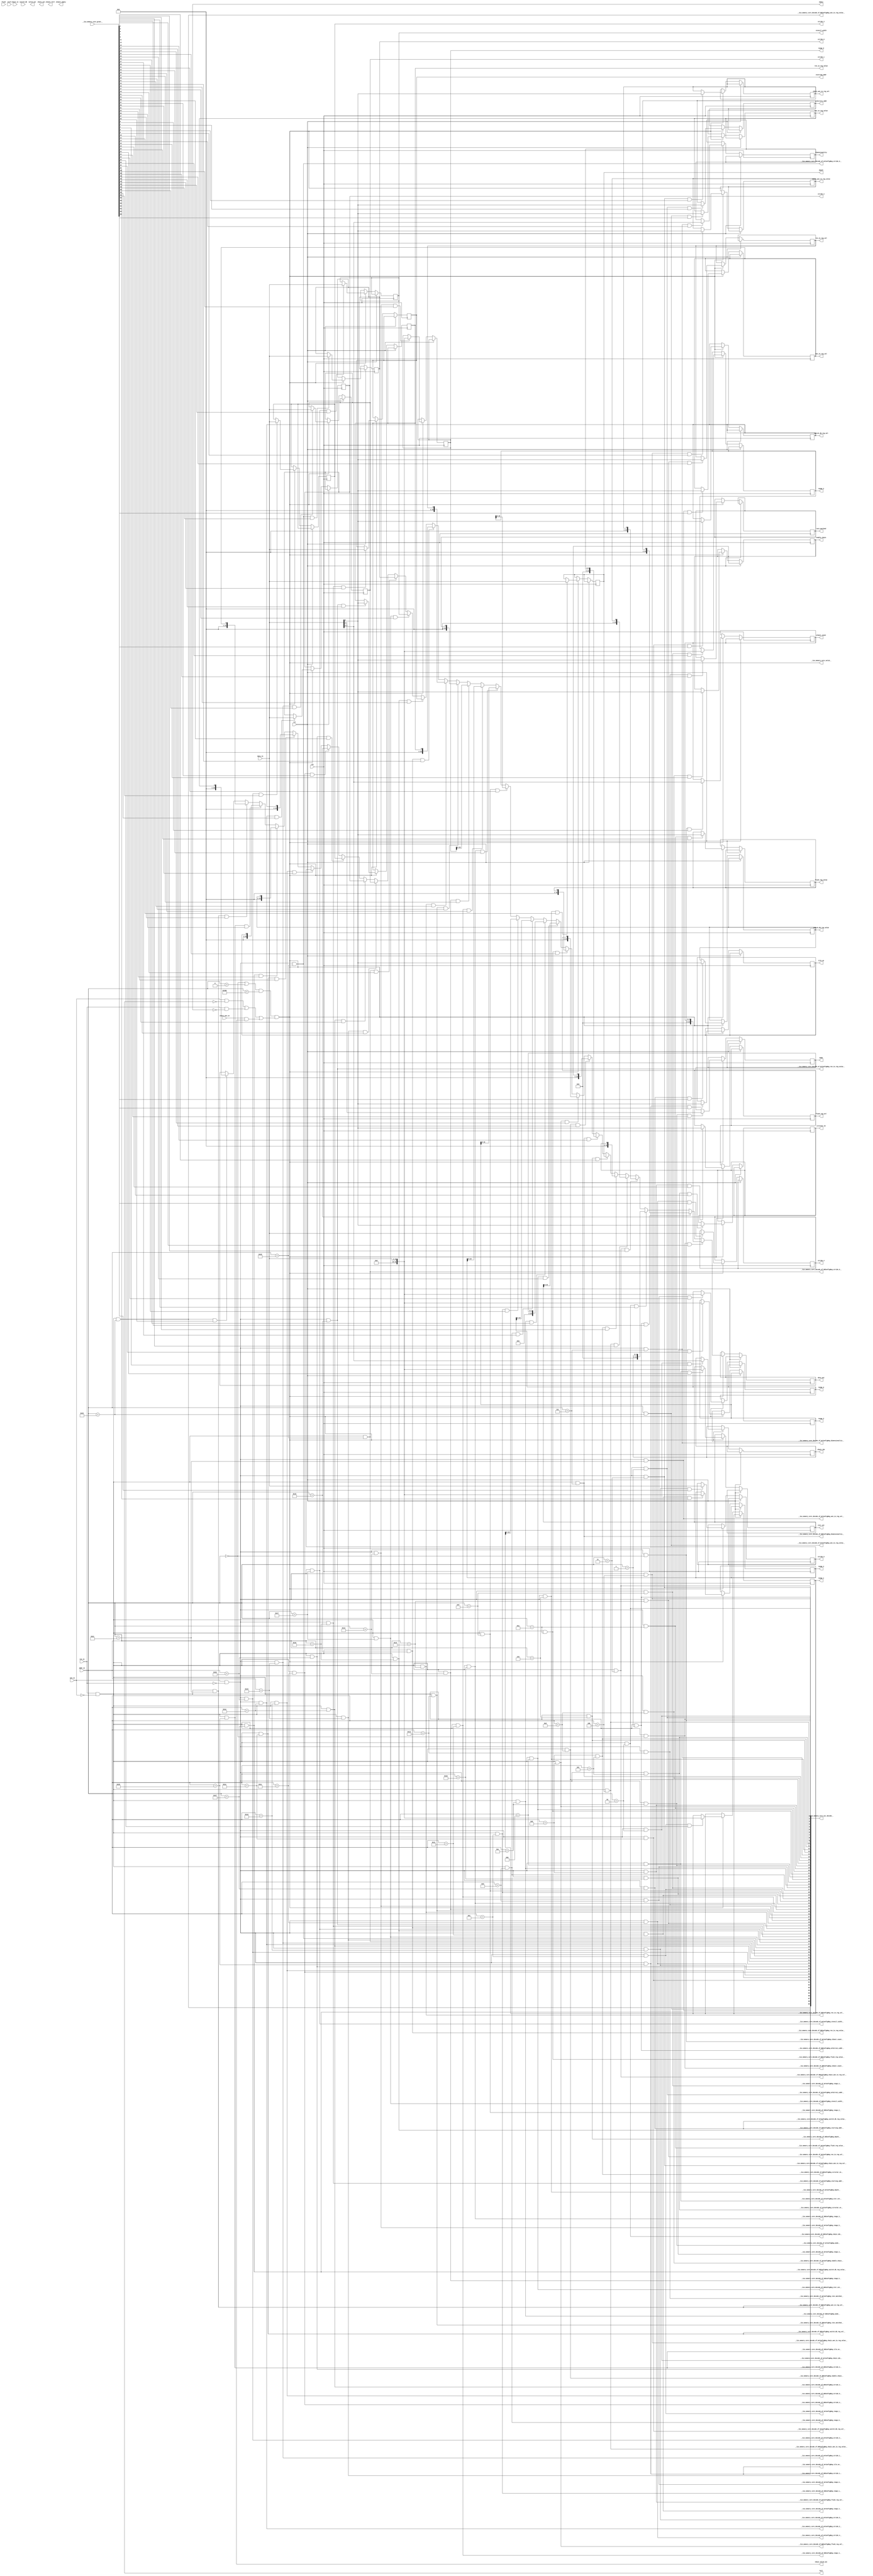
module memory_core_ila(
__ILA_memory_core_grant__,
addr_in,
chain_in,
chain_wen_in,
clk,
data_in,
flush,
ren_in,
rst,
stall,
switch_db,
wen_in,
__ILA_memory_core_acc_decode__,
__ILA_memory_core_decode_of_RdConfigReg_almost_count__,
__ILA_memory_core_decode_of_RdConfigReg_arbitrary_addr__,
__ILA_memory_core_decode_of_RdConfigReg_chain_idx__,
__ILA_memory_core_decode_of_RdConfigReg_chain_wen_in_reg_sel__,
__ILA_memory_core_decode_of_RdConfigReg_chain_wen_in_reg_value__,
__ILA_memory_core_decode_of_RdConfigReg_circular_en__,
__ILA_memory_core_decode_of_RdConfigReg_depth__,
__ILA_memory_core_decode_of_RdConfigReg_dimensionality__,
__ILA_memory_core_decode_of_RdConfigReg_enable_chain__,
__ILA_memory_core_decode_of_RdConfigReg_flush_reg_sel__,
__ILA_memory_core_decode_of_RdConfigReg_flush_reg_value__,
__ILA_memory_core_decode_of_RdConfigReg_iter_cnt__,
__ILA_memory_core_decode_of_RdConfigReg_mode__,
__ILA_memory_core_decode_of_RdConfigReg_range_0__,
__ILA_memory_core_decode_of_RdConfigReg_range_1__,
__ILA_memory_core_decode_of_RdConfigReg_range_2__,
__ILA_memory_core_decode_of_RdConfigReg_range_3__,
__ILA_memory_core_decode_of_RdConfigReg_range_4__,
__ILA_memory_core_decode_of_RdConfigReg_range_5__,
__ILA_memory_core_decode_of_RdConfigReg_rate_matched__,
__ILA_memory_core_decode_of_RdConfigReg_ren_in_reg_sel__,
__ILA_memory_core_decode_of_RdConfigReg_ren_in_reg_value__,
__ILA_memory_core_decode_of_RdConfigReg_starting_addr__,
__ILA_memory_core_decode_of_RdConfigReg_stencil_width__,
__ILA_memory_core_decode_of_RdConfigReg_stride_0__,
__ILA_memory_core_decode_of_RdConfigReg_stride_1__,
__ILA_memory_core_decode_of_RdConfigReg_stride_2__,
__ILA_memory_core_decode_of_RdConfigReg_stride_3__,
__ILA_memory_core_decode_of_RdConfigReg_stride_4__,
__ILA_memory_core_decode_of_RdConfigReg_stride_5__,
__ILA_memory_core_decode_of_RdConfigReg_switch_db_reg_sel__,
__ILA_memory_core_decode_of_RdConfigReg_switch_db_reg_value__,
__ILA_memory_core_decode_of_RdConfigReg_tile_en__,
__ILA_memory_core_decode_of_RdConfigReg_wen_in_reg_sel__,
__ILA_memory_core_decode_of_RdConfigReg_wen_in_reg_value__,
__ILA_memory_core_decode_of_WrConfigReg_almost_count__,
__ILA_memory_core_decode_of_WrConfigReg_arbitrary_addr__,
__ILA_memory_core_decode_of_WrConfigReg_chain_idx__,
__ILA_memory_core_decode_of_WrConfigReg_chain_wen_in_reg_sel__,
__ILA_memory_core_decode_of_WrConfigReg_chain_wen_in_reg_value__,
__ILA_memory_core_decode_of_WrConfigReg_circular_en__,
__ILA_memory_core_decode_of_WrConfigReg_depth__,
__ILA_memory_core_decode_of_WrConfigReg_dimensionality__,
__ILA_memory_core_decode_of_WrConfigReg_enable_chain__,
__ILA_memory_core_decode_of_WrConfigReg_flush_reg_sel__,
__ILA_memory_core_decode_of_WrConfigReg_flush_reg_value__,
__ILA_memory_core_decode_of_WrConfigReg_iter_cnt__,
__ILA_memory_core_decode_of_WrConfigReg_mode__,
__ILA_memory_core_decode_of_WrConfigReg_range_0__,
__ILA_memory_core_decode_of_WrConfigReg_range_1__,
__ILA_memory_core_decode_of_WrConfigReg_range_2__,
__ILA_memory_core_decode_of_WrConfigReg_range_3__,
__ILA_memory_core_decode_of_WrConfigReg_range_4__,
__ILA_memory_core_decode_of_WrConfigReg_range_5__,
__ILA_memory_core_decode_of_WrConfigReg_rate_matched__,
__ILA_memory_core_decode_of_WrConfigReg_ren_in_reg_sel__,
__ILA_memory_core_decode_of_WrConfigReg_ren_in_reg_value__,
__ILA_memory_core_decode_of_WrConfigReg_starting_addr__,
__ILA_memory_core_decode_of_WrConfigReg_stencil_width__,
__ILA_memory_core_decode_of_WrConfigReg_stride_0__,
__ILA_memory_core_decode_of_WrConfigReg_stride_1__,
__ILA_memory_core_decode_of_WrConfigReg_stride_2__,
__ILA_memory_core_decode_of_WrConfigReg_stride_3__,
__ILA_memory_core_decode_of_WrConfigReg_stride_4__,
__ILA_memory_core_decode_of_WrConfigReg_stride_5__,
__ILA_memory_core_decode_of_WrConfigReg_switch_db_reg_sel__,
__ILA_memory_core_decode_of_WrConfigReg_switch_db_reg_value__,
__ILA_memory_core_decode_of_WrConfigReg_tile_en__,
__ILA_memory_core_decode_of_WrConfigReg_wen_in_reg_sel__,
__ILA_memory_core_decode_of_WrConfigReg_wen_in_reg_value__,
__ILA_memory_core_valid__,
data_out,
valid_out,
almost_full,
almost_empty,
full,
empty,
chain_valid_out,
chain_out,
almost_count,
arbitrary_addr,
chain_idx,
chain_wen_in_reg_sel,
chain_wen_in_reg_value,
circular_en,
depth,
dimensionality,
enable_chain,
flush_reg_sel,
flush_reg_value,
iter_cnt,
mode,
range_0,
range_1,
range_2,
range_3,
range_4,
range_5,
rate_matched,
ren_in_reg_sel,
ren_in_reg_value,
starting_addr,
stencil_width,
stride_0,
stride_1,
stride_2,
stride_3,
stride_4,
stride_5,
switch_db_reg_sel,
switch_db_reg_value,
tile_en,
wen_in_reg_sel,
wen_in_reg_value
);
input     [69:0] __ILA_memory_core_grant__;
input     [15:0] addr_in;
input     [15:0] chain_in;
input            chain_wen_in;
input            clk;
input     [15:0] data_in;
input            flush;
input            ren_in;
input            rst;
input            stall;
input            switch_db;
input            wen_in;
output     [69:0] __ILA_memory_core_acc_decode__;
output            __ILA_memory_core_decode_of_RdConfigReg_almost_count__;
output            __ILA_memory_core_decode_of_RdConfigReg_arbitrary_addr__;
output            __ILA_memory_core_decode_of_RdConfigReg_chain_idx__;
output            __ILA_memory_core_decode_of_RdConfigReg_chain_wen_in_reg_sel__;
output            __ILA_memory_core_decode_of_RdConfigReg_chain_wen_in_reg_value__;
output            __ILA_memory_core_decode_of_RdConfigReg_circular_en__;
output            __ILA_memory_core_decode_of_RdConfigReg_depth__;
output            __ILA_memory_core_decode_of_RdConfigReg_dimensionality__;
output            __ILA_memory_core_decode_of_RdConfigReg_enable_chain__;
output            __ILA_memory_core_decode_of_RdConfigReg_flush_reg_sel__;
output            __ILA_memory_core_decode_of_RdConfigReg_flush_reg_value__;
output            __ILA_memory_core_decode_of_RdConfigReg_iter_cnt__;
output            __ILA_memory_core_decode_of_RdConfigReg_mode__;
output            __ILA_memory_core_decode_of_RdConfigReg_range_0__;
output            __ILA_memory_core_decode_of_RdConfigReg_range_1__;
output            __ILA_memory_core_decode_of_RdConfigReg_range_2__;
output            __ILA_memory_core_decode_of_RdConfigReg_range_3__;
output            __ILA_memory_core_decode_of_RdConfigReg_range_4__;
output            __ILA_memory_core_decode_of_RdConfigReg_range_5__;
output            __ILA_memory_core_decode_of_RdConfigReg_rate_matched__;
output            __ILA_memory_core_decode_of_RdConfigReg_ren_in_reg_sel__;
output            __ILA_memory_core_decode_of_RdConfigReg_ren_in_reg_value__;
output            __ILA_memory_core_decode_of_RdConfigReg_starting_addr__;
output            __ILA_memory_core_decode_of_RdConfigReg_stencil_width__;
output            __ILA_memory_core_decode_of_RdConfigReg_stride_0__;
output            __ILA_memory_core_decode_of_RdConfigReg_stride_1__;
output            __ILA_memory_core_decode_of_RdConfigReg_stride_2__;
output            __ILA_memory_core_decode_of_RdConfigReg_stride_3__;
output            __ILA_memory_core_decode_of_RdConfigReg_stride_4__;
output            __ILA_memory_core_decode_of_RdConfigReg_stride_5__;
output            __ILA_memory_core_decode_of_RdConfigReg_switch_db_reg_sel__;
output            __ILA_memory_core_decode_of_RdConfigReg_switch_db_reg_value__;
output            __ILA_memory_core_decode_of_RdConfigReg_tile_en__;
output            __ILA_memory_core_decode_of_RdConfigReg_wen_in_reg_sel__;
output            __ILA_memory_core_decode_of_RdConfigReg_wen_in_reg_value__;
output            __ILA_memory_core_decode_of_WrConfigReg_almost_count__;
output            __ILA_memory_core_decode_of_WrConfigReg_arbitrary_addr__;
output            __ILA_memory_core_decode_of_WrConfigReg_chain_idx__;
output            __ILA_memory_core_decode_of_WrConfigReg_chain_wen_in_reg_sel__;
output            __ILA_memory_core_decode_of_WrConfigReg_chain_wen_in_reg_value__;
output            __ILA_memory_core_decode_of_WrConfigReg_circular_en__;
output            __ILA_memory_core_decode_of_WrConfigReg_depth__;
output            __ILA_memory_core_decode_of_WrConfigReg_dimensionality__;
output            __ILA_memory_core_decode_of_WrConfigReg_enable_chain__;
output            __ILA_memory_core_decode_of_WrConfigReg_flush_reg_sel__;
output            __ILA_memory_core_decode_of_WrConfigReg_flush_reg_value__;
output            __ILA_memory_core_decode_of_WrConfigReg_iter_cnt__;
output            __ILA_memory_core_decode_of_WrConfigReg_mode__;
output            __ILA_memory_core_decode_of_WrConfigReg_range_0__;
output            __ILA_memory_core_decode_of_WrConfigReg_range_1__;
output            __ILA_memory_core_decode_of_WrConfigReg_range_2__;
output            __ILA_memory_core_decode_of_WrConfigReg_range_3__;
output            __ILA_memory_core_decode_of_WrConfigReg_range_4__;
output            __ILA_memory_core_decode_of_WrConfigReg_range_5__;
output            __ILA_memory_core_decode_of_WrConfigReg_rate_matched__;
output            __ILA_memory_core_decode_of_WrConfigReg_ren_in_reg_sel__;
output            __ILA_memory_core_decode_of_WrConfigReg_ren_in_reg_value__;
output            __ILA_memory_core_decode_of_WrConfigReg_starting_addr__;
output            __ILA_memory_core_decode_of_WrConfigReg_stencil_width__;
output            __ILA_memory_core_decode_of_WrConfigReg_stride_0__;
output            __ILA_memory_core_decode_of_WrConfigReg_stride_1__;
output            __ILA_memory_core_decode_of_WrConfigReg_stride_2__;
output            __ILA_memory_core_decode_of_WrConfigReg_stride_3__;
output            __ILA_memory_core_decode_of_WrConfigReg_stride_4__;
output            __ILA_memory_core_decode_of_WrConfigReg_stride_5__;
output            __ILA_memory_core_decode_of_WrConfigReg_switch_db_reg_sel__;
output            __ILA_memory_core_decode_of_WrConfigReg_switch_db_reg_value__;
output            __ILA_memory_core_decode_of_WrConfigReg_tile_en__;
output            __ILA_memory_core_decode_of_WrConfigReg_wen_in_reg_sel__;
output            __ILA_memory_core_decode_of_WrConfigReg_wen_in_reg_value__;
output            __ILA_memory_core_valid__;
output reg     [15:0] data_out;
output reg            valid_out;
output reg            almost_full;
output reg            almost_empty;
output reg            full;
output reg            empty;
output reg            chain_valid_out;
output reg     [15:0] chain_out;
output reg      [3:0] almost_count;
output reg            arbitrary_addr;
output reg      [3:0] chain_idx;
output reg            chain_wen_in_reg_sel;
output reg            chain_wen_in_reg_value;
output reg            circular_en;
output reg     [15:0] depth;
output reg      [3:0] dimensionality;
output reg            enable_chain;
output reg            flush_reg_sel;
output reg            flush_reg_value;
output reg     [31:0] iter_cnt;
output reg      [1:0] mode;
output reg     [31:0] range_0;
output reg     [31:0] range_1;
output reg     [31:0] range_2;
output reg     [31:0] range_3;
output reg     [31:0] range_4;
output reg     [31:0] range_5;
output reg            rate_matched;
output reg            ren_in_reg_sel;
output reg            ren_in_reg_value;
output reg     [15:0] starting_addr;
output reg     [15:0] stencil_width;
output reg     [15:0] stride_0;
output reg     [15:0] stride_1;
output reg     [15:0] stride_2;
output reg     [15:0] stride_3;
output reg     [15:0] stride_4;
output reg     [15:0] stride_5;
output reg            switch_db_reg_sel;
output reg            switch_db_reg_value;
output reg            tile_en;
output reg            wen_in_reg_sel;
output reg            wen_in_reg_value;
wire     [69:0] __ILA_memory_core_acc_decode__;
wire            __ILA_memory_core_decode_of_RdConfigReg_almost_count__;
wire            __ILA_memory_core_decode_of_RdConfigReg_arbitrary_addr__;
wire            __ILA_memory_core_decode_of_RdConfigReg_chain_idx__;
wire            __ILA_memory_core_decode_of_RdConfigReg_chain_wen_in_reg_sel__;
wire            __ILA_memory_core_decode_of_RdConfigReg_chain_wen_in_reg_value__;
wire            __ILA_memory_core_decode_of_RdConfigReg_circular_en__;
wire            __ILA_memory_core_decode_of_RdConfigReg_depth__;
wire            __ILA_memory_core_decode_of_RdConfigReg_dimensionality__;
wire            __ILA_memory_core_decode_of_RdConfigReg_enable_chain__;
wire            __ILA_memory_core_decode_of_RdConfigReg_flush_reg_sel__;
wire            __ILA_memory_core_decode_of_RdConfigReg_flush_reg_value__;
wire            __ILA_memory_core_decode_of_RdConfigReg_iter_cnt__;
wire            __ILA_memory_core_decode_of_RdConfigReg_mode__;
wire            __ILA_memory_core_decode_of_RdConfigReg_range_0__;
wire            __ILA_memory_core_decode_of_RdConfigReg_range_1__;
wire            __ILA_memory_core_decode_of_RdConfigReg_range_2__;
wire            __ILA_memory_core_decode_of_RdConfigReg_range_3__;
wire            __ILA_memory_core_decode_of_RdConfigReg_range_4__;
wire            __ILA_memory_core_decode_of_RdConfigReg_range_5__;
wire            __ILA_memory_core_decode_of_RdConfigReg_rate_matched__;
wire            __ILA_memory_core_decode_of_RdConfigReg_ren_in_reg_sel__;
wire            __ILA_memory_core_decode_of_RdConfigReg_ren_in_reg_value__;
wire            __ILA_memory_core_decode_of_RdConfigReg_starting_addr__;
wire            __ILA_memory_core_decode_of_RdConfigReg_stencil_width__;
wire            __ILA_memory_core_decode_of_RdConfigReg_stride_0__;
wire            __ILA_memory_core_decode_of_RdConfigReg_stride_1__;
wire            __ILA_memory_core_decode_of_RdConfigReg_stride_2__;
wire            __ILA_memory_core_decode_of_RdConfigReg_stride_3__;
wire            __ILA_memory_core_decode_of_RdConfigReg_stride_4__;
wire            __ILA_memory_core_decode_of_RdConfigReg_stride_5__;
wire            __ILA_memory_core_decode_of_RdConfigReg_switch_db_reg_sel__;
wire            __ILA_memory_core_decode_of_RdConfigReg_switch_db_reg_value__;
wire            __ILA_memory_core_decode_of_RdConfigReg_tile_en__;
wire            __ILA_memory_core_decode_of_RdConfigReg_wen_in_reg_sel__;
wire            __ILA_memory_core_decode_of_RdConfigReg_wen_in_reg_value__;
wire            __ILA_memory_core_decode_of_WrConfigReg_almost_count__;
wire            __ILA_memory_core_decode_of_WrConfigReg_arbitrary_addr__;
wire            __ILA_memory_core_decode_of_WrConfigReg_chain_idx__;
wire            __ILA_memory_core_decode_of_WrConfigReg_chain_wen_in_reg_sel__;
wire            __ILA_memory_core_decode_of_WrConfigReg_chain_wen_in_reg_value__;
wire            __ILA_memory_core_decode_of_WrConfigReg_circular_en__;
wire            __ILA_memory_core_decode_of_WrConfigReg_depth__;
wire            __ILA_memory_core_decode_of_WrConfigReg_dimensionality__;
wire            __ILA_memory_core_decode_of_WrConfigReg_enable_chain__;
wire            __ILA_memory_core_decode_of_WrConfigReg_flush_reg_sel__;
wire            __ILA_memory_core_decode_of_WrConfigReg_flush_reg_value__;
wire            __ILA_memory_core_decode_of_WrConfigReg_iter_cnt__;
wire            __ILA_memory_core_decode_of_WrConfigReg_mode__;
wire            __ILA_memory_core_decode_of_WrConfigReg_range_0__;
wire            __ILA_memory_core_decode_of_WrConfigReg_range_1__;
wire            __ILA_memory_core_decode_of_WrConfigReg_range_2__;
wire            __ILA_memory_core_decode_of_WrConfigReg_range_3__;
wire            __ILA_memory_core_decode_of_WrConfigReg_range_4__;
wire            __ILA_memory_core_decode_of_WrConfigReg_range_5__;
wire            __ILA_memory_core_decode_of_WrConfigReg_rate_matched__;
wire            __ILA_memory_core_decode_of_WrConfigReg_ren_in_reg_sel__;
wire            __ILA_memory_core_decode_of_WrConfigReg_ren_in_reg_value__;
wire            __ILA_memory_core_decode_of_WrConfigReg_starting_addr__;
wire            __ILA_memory_core_decode_of_WrConfigReg_stencil_width__;
wire            __ILA_memory_core_decode_of_WrConfigReg_stride_0__;
wire            __ILA_memory_core_decode_of_WrConfigReg_stride_1__;
wire            __ILA_memory_core_decode_of_WrConfigReg_stride_2__;
wire            __ILA_memory_core_decode_of_WrConfigReg_stride_3__;
wire            __ILA_memory_core_decode_of_WrConfigReg_stride_4__;
wire            __ILA_memory_core_decode_of_WrConfigReg_stride_5__;
wire            __ILA_memory_core_decode_of_WrConfigReg_switch_db_reg_sel__;
wire            __ILA_memory_core_decode_of_WrConfigReg_switch_db_reg_value__;
wire            __ILA_memory_core_decode_of_WrConfigReg_tile_en__;
wire            __ILA_memory_core_decode_of_WrConfigReg_wen_in_reg_sel__;
wire            __ILA_memory_core_decode_of_WrConfigReg_wen_in_reg_value__;
wire     [69:0] __ILA_memory_core_grant__;
wire            __ILA_memory_core_valid__;
wire     [15:0] addr_in;
wire     [15:0] bv_16_0_n0;
wire     [15:0] bv_16_1024_n4;
wire     [15:0] bv_16_10_n91;
wire     [15:0] bv_16_11_n98;
wire     [15:0] bv_16_12_n105;
wire     [15:0] bv_16_13_n112;
wire     [15:0] bv_16_14_n119;
wire     [15:0] bv_16_15_n126;
wire     [15:0] bv_16_16_n133;
wire     [15:0] bv_16_17_n140;
wire     [15:0] bv_16_18_n147;
wire     [15:0] bv_16_19_n154;
wire     [15:0] bv_16_1_n28;
wire     [15:0] bv_16_20_n161;
wire     [15:0] bv_16_21_n168;
wire     [15:0] bv_16_22_n175;
wire     [15:0] bv_16_23_n182;
wire     [15:0] bv_16_24_n189;
wire     [15:0] bv_16_25_n196;
wire     [15:0] bv_16_26_n203;
wire     [15:0] bv_16_27_n210;
wire     [15:0] bv_16_28_n217;
wire     [15:0] bv_16_29_n224;
wire     [15:0] bv_16_2_n35;
wire     [15:0] bv_16_30_n231;
wire     [15:0] bv_16_31_n238;
wire     [15:0] bv_16_32_n245;
wire     [15:0] bv_16_33_n252;
wire     [15:0] bv_16_34_n259;
wire     [15:0] bv_16_3_n42;
wire     [15:0] bv_16_4_n49;
wire     [15:0] bv_16_5_n56;
wire     [15:0] bv_16_6_n63;
wire     [15:0] bv_16_7_n70;
wire     [15:0] bv_16_8_n77;
wire     [15:0] bv_16_9_n84;
wire            bv_1_1_n14;
wire     [15:0] chain_in;
wire            chain_wen_in;
wire            clk;
wire     [15:0] data_in;
wire            flush;
wire            n1;
wire            n10;
wire            n100;
wire            n101;
wire            n102;
wire            n103;
wire            n104;
wire            n106;
wire            n107;
wire            n108;
wire            n109;
wire            n11;
wire            n110;
wire            n111;
wire            n113;
wire            n114;
wire            n115;
wire            n116;
wire            n117;
wire            n118;
wire            n12;
wire            n120;
wire            n121;
wire            n122;
wire            n123;
wire            n124;
wire            n125;
wire            n127;
wire            n128;
wire            n129;
wire            n13;
wire            n130;
wire            n131;
wire            n132;
wire            n134;
wire            n135;
wire            n136;
wire            n137;
wire            n138;
wire            n139;
wire            n141;
wire            n142;
wire            n143;
wire            n144;
wire            n145;
wire            n146;
wire            n148;
wire            n149;
wire            n15;
wire            n150;
wire            n151;
wire            n152;
wire            n153;
wire            n155;
wire            n156;
wire            n157;
wire            n158;
wire            n159;
wire            n16;
wire            n160;
wire            n162;
wire            n163;
wire            n164;
wire            n165;
wire            n166;
wire            n167;
wire            n169;
wire            n17;
wire            n170;
wire            n171;
wire            n172;
wire            n173;
wire            n174;
wire            n176;
wire            n177;
wire            n178;
wire            n179;
wire            n18;
wire            n180;
wire            n181;
wire            n183;
wire            n184;
wire            n185;
wire            n186;
wire            n187;
wire            n188;
wire            n19;
wire            n190;
wire            n191;
wire            n192;
wire            n193;
wire            n194;
wire            n195;
wire            n197;
wire            n198;
wire            n199;
wire            n2;
wire            n20;
wire            n200;
wire            n201;
wire            n202;
wire            n204;
wire            n205;
wire            n206;
wire            n207;
wire            n208;
wire            n209;
wire            n21;
wire            n211;
wire            n212;
wire            n213;
wire            n214;
wire            n215;
wire            n216;
wire            n218;
wire            n219;
wire            n22;
wire            n220;
wire            n221;
wire            n222;
wire            n223;
wire            n225;
wire            n226;
wire            n227;
wire            n228;
wire            n229;
wire            n23;
wire            n230;
wire            n232;
wire            n233;
wire            n234;
wire            n235;
wire            n236;
wire            n237;
wire            n239;
wire            n24;
wire            n240;
wire            n241;
wire            n242;
wire            n243;
wire            n244;
wire            n246;
wire            n247;
wire            n248;
wire            n249;
wire            n25;
wire            n250;
wire            n251;
wire            n253;
wire            n254;
wire            n255;
wire            n256;
wire            n257;
wire            n258;
wire            n26;
wire            n260;
wire            n261;
wire            n262;
wire            n263;
wire            n264;
wire     [15:0] n265;
wire     [15:0] n266;
wire     [15:0] n267;
wire     [15:0] n268;
wire     [15:0] n269;
wire            n27;
wire     [15:0] n270;
wire     [15:0] n271;
wire     [15:0] n272;
wire     [15:0] n273;
wire     [15:0] n274;
wire     [15:0] n275;
wire     [15:0] n276;
wire     [15:0] n277;
wire     [15:0] n278;
wire     [15:0] n279;
wire     [15:0] n280;
wire     [15:0] n281;
wire     [15:0] n282;
wire     [15:0] n283;
wire     [15:0] n284;
wire     [15:0] n285;
wire     [15:0] n286;
wire     [15:0] n287;
wire     [15:0] n288;
wire     [15:0] n289;
wire            n29;
wire     [15:0] n290;
wire      [3:0] n291;
wire            n292;
wire      [3:0] n293;
wire            n294;
wire            n295;
wire            n296;
wire      [3:0] n297;
wire            n298;
wire            n299;
wire            n3;
wire            n30;
wire            n300;
wire     [31:0] n301;
wire      [1:0] n302;
wire     [31:0] n303;
wire     [31:0] n304;
wire     [31:0] n305;
wire     [31:0] n306;
wire     [31:0] n307;
wire     [31:0] n308;
wire            n309;
wire            n31;
wire            n310;
wire            n311;
wire            n312;
wire            n313;
wire            n314;
wire            n315;
wire            n316;
wire            n32;
wire            n33;
wire            n34;
wire            n36;
wire            n37;
wire            n38;
wire            n39;
wire            n40;
wire            n41;
wire            n43;
wire            n44;
wire            n45;
wire            n46;
wire            n47;
wire            n48;
wire            n5;
wire            n50;
wire            n51;
wire            n52;
wire            n53;
wire            n54;
wire            n55;
wire            n57;
wire            n58;
wire            n59;
wire            n6;
wire            n60;
wire            n61;
wire            n62;
wire            n64;
wire            n65;
wire            n66;
wire            n67;
wire            n68;
wire            n69;
wire            n7;
wire            n71;
wire            n72;
wire            n73;
wire            n74;
wire            n75;
wire            n76;
wire            n78;
wire            n79;
wire            n8;
wire            n80;
wire            n81;
wire            n82;
wire            n83;
wire            n85;
wire            n86;
wire            n87;
wire            n88;
wire            n89;
wire            n9;
wire            n90;
wire            n92;
wire            n93;
wire            n94;
wire            n95;
wire            n96;
wire            n97;
wire            n99;
wire            ren_in;
wire            rst;
wire            stall;
wire            switch_db;
wire            wen_in;
assign bv_16_0_n0 = 16'h0 ;
assign n1 =  ( addr_in ) == ( bv_16_0_n0 )  ;
assign n2 =  $signed( addr_in ) > $signed( bv_16_0_n0 )  ;
assign n3 =  ( n1 ) | ( n2 )  ;
assign bv_16_1024_n4 = 16'h400 ;
assign n5 =  $signed( addr_in ) < $signed( bv_16_1024_n4 )  ;
assign n6 =  ( n3 ) & (n5 )  ;
assign n7 = ~ ( full ) ;
assign n8 =  ( wen_in ) & ( n7 )  ;
assign n9 = ~ ( empty ) ;
assign n10 =  ( ren_in ) & ( n9 )  ;
assign n11 =  ( n8 ) | ( n10 )  ;
assign n12 =  ( chain_wen_in ) & ( chain_valid_out )  ;
assign n13 =  ( n11 ) | ( n12 )  ;
assign bv_1_1_n14 = 1'h1 ;
assign n15 =  ( n13 ) == ( bv_1_1_n14 )  ;
assign n16 =  ( n6 ) & (n15 )  ;
assign __ILA_memory_core_valid__ = n16 ;
assign n17 = ~ ( ren_in ) ;
assign n18 =  ( wen_in ) & ( n17 )  ;
assign n19 =  ( n18 ) == ( bv_1_1_n14 )  ;
assign n20 =  ( addr_in ) == ( bv_16_0_n0 )  ;
assign n21 =  ( n19 ) & (n20 )  ;
assign __ILA_memory_core_decode_of_WrConfigReg_almost_count__ = n21 ;
assign __ILA_memory_core_acc_decode__[0] = __ILA_memory_core_decode_of_WrConfigReg_almost_count__ ;
assign n22 = ~ ( wen_in ) ;
assign n23 =  ( ren_in ) & ( n22 )  ;
assign n24 =  ( n23 ) == ( bv_1_1_n14 )  ;
assign n25 =  ( addr_in ) == ( bv_16_0_n0 )  ;
assign n26 =  ( n24 ) & (n25 )  ;
assign __ILA_memory_core_decode_of_RdConfigReg_almost_count__ = n26 ;
assign __ILA_memory_core_acc_decode__[1] = __ILA_memory_core_decode_of_RdConfigReg_almost_count__ ;
assign n27 =  ( n18 ) == ( bv_1_1_n14 )  ;
assign bv_16_1_n28 = 16'h1 ;
assign n29 =  ( addr_in ) == ( bv_16_1_n28 )  ;
assign n30 =  ( n27 ) & (n29 )  ;
assign __ILA_memory_core_decode_of_WrConfigReg_arbitrary_addr__ = n30 ;
assign __ILA_memory_core_acc_decode__[2] = __ILA_memory_core_decode_of_WrConfigReg_arbitrary_addr__ ;
assign n31 =  ( n23 ) == ( bv_1_1_n14 )  ;
assign n32 =  ( addr_in ) == ( bv_16_1_n28 )  ;
assign n33 =  ( n31 ) & (n32 )  ;
assign __ILA_memory_core_decode_of_RdConfigReg_arbitrary_addr__ = n33 ;
assign __ILA_memory_core_acc_decode__[3] = __ILA_memory_core_decode_of_RdConfigReg_arbitrary_addr__ ;
assign n34 =  ( n18 ) == ( bv_1_1_n14 )  ;
assign bv_16_2_n35 = 16'h2 ;
assign n36 =  ( addr_in ) == ( bv_16_2_n35 )  ;
assign n37 =  ( n34 ) & (n36 )  ;
assign __ILA_memory_core_decode_of_WrConfigReg_chain_idx__ = n37 ;
assign __ILA_memory_core_acc_decode__[4] = __ILA_memory_core_decode_of_WrConfigReg_chain_idx__ ;
assign n38 =  ( n23 ) == ( bv_1_1_n14 )  ;
assign n39 =  ( addr_in ) == ( bv_16_2_n35 )  ;
assign n40 =  ( n38 ) & (n39 )  ;
assign __ILA_memory_core_decode_of_RdConfigReg_chain_idx__ = n40 ;
assign __ILA_memory_core_acc_decode__[5] = __ILA_memory_core_decode_of_RdConfigReg_chain_idx__ ;
assign n41 =  ( n18 ) == ( bv_1_1_n14 )  ;
assign bv_16_3_n42 = 16'h3 ;
assign n43 =  ( addr_in ) == ( bv_16_3_n42 )  ;
assign n44 =  ( n41 ) & (n43 )  ;
assign __ILA_memory_core_decode_of_WrConfigReg_chain_wen_in_reg_sel__ = n44 ;
assign __ILA_memory_core_acc_decode__[6] = __ILA_memory_core_decode_of_WrConfigReg_chain_wen_in_reg_sel__ ;
assign n45 =  ( n23 ) == ( bv_1_1_n14 )  ;
assign n46 =  ( addr_in ) == ( bv_16_3_n42 )  ;
assign n47 =  ( n45 ) & (n46 )  ;
assign __ILA_memory_core_decode_of_RdConfigReg_chain_wen_in_reg_sel__ = n47 ;
assign __ILA_memory_core_acc_decode__[7] = __ILA_memory_core_decode_of_RdConfigReg_chain_wen_in_reg_sel__ ;
assign n48 =  ( n18 ) == ( bv_1_1_n14 )  ;
assign bv_16_4_n49 = 16'h4 ;
assign n50 =  ( addr_in ) == ( bv_16_4_n49 )  ;
assign n51 =  ( n48 ) & (n50 )  ;
assign __ILA_memory_core_decode_of_WrConfigReg_chain_wen_in_reg_value__ = n51 ;
assign __ILA_memory_core_acc_decode__[8] = __ILA_memory_core_decode_of_WrConfigReg_chain_wen_in_reg_value__ ;
assign n52 =  ( n23 ) == ( bv_1_1_n14 )  ;
assign n53 =  ( addr_in ) == ( bv_16_4_n49 )  ;
assign n54 =  ( n52 ) & (n53 )  ;
assign __ILA_memory_core_decode_of_RdConfigReg_chain_wen_in_reg_value__ = n54 ;
assign __ILA_memory_core_acc_decode__[9] = __ILA_memory_core_decode_of_RdConfigReg_chain_wen_in_reg_value__ ;
assign n55 =  ( n18 ) == ( bv_1_1_n14 )  ;
assign bv_16_5_n56 = 16'h5 ;
assign n57 =  ( addr_in ) == ( bv_16_5_n56 )  ;
assign n58 =  ( n55 ) & (n57 )  ;
assign __ILA_memory_core_decode_of_WrConfigReg_circular_en__ = n58 ;
assign __ILA_memory_core_acc_decode__[10] = __ILA_memory_core_decode_of_WrConfigReg_circular_en__ ;
assign n59 =  ( n23 ) == ( bv_1_1_n14 )  ;
assign n60 =  ( addr_in ) == ( bv_16_5_n56 )  ;
assign n61 =  ( n59 ) & (n60 )  ;
assign __ILA_memory_core_decode_of_RdConfigReg_circular_en__ = n61 ;
assign __ILA_memory_core_acc_decode__[11] = __ILA_memory_core_decode_of_RdConfigReg_circular_en__ ;
assign n62 =  ( n18 ) == ( bv_1_1_n14 )  ;
assign bv_16_6_n63 = 16'h6 ;
assign n64 =  ( addr_in ) == ( bv_16_6_n63 )  ;
assign n65 =  ( n62 ) & (n64 )  ;
assign __ILA_memory_core_decode_of_WrConfigReg_depth__ = n65 ;
assign __ILA_memory_core_acc_decode__[12] = __ILA_memory_core_decode_of_WrConfigReg_depth__ ;
assign n66 =  ( n23 ) == ( bv_1_1_n14 )  ;
assign n67 =  ( addr_in ) == ( bv_16_6_n63 )  ;
assign n68 =  ( n66 ) & (n67 )  ;
assign __ILA_memory_core_decode_of_RdConfigReg_depth__ = n68 ;
assign __ILA_memory_core_acc_decode__[13] = __ILA_memory_core_decode_of_RdConfigReg_depth__ ;
assign n69 =  ( n18 ) == ( bv_1_1_n14 )  ;
assign bv_16_7_n70 = 16'h7 ;
assign n71 =  ( addr_in ) == ( bv_16_7_n70 )  ;
assign n72 =  ( n69 ) & (n71 )  ;
assign __ILA_memory_core_decode_of_WrConfigReg_dimensionality__ = n72 ;
assign __ILA_memory_core_acc_decode__[14] = __ILA_memory_core_decode_of_WrConfigReg_dimensionality__ ;
assign n73 =  ( n23 ) == ( bv_1_1_n14 )  ;
assign n74 =  ( addr_in ) == ( bv_16_7_n70 )  ;
assign n75 =  ( n73 ) & (n74 )  ;
assign __ILA_memory_core_decode_of_RdConfigReg_dimensionality__ = n75 ;
assign __ILA_memory_core_acc_decode__[15] = __ILA_memory_core_decode_of_RdConfigReg_dimensionality__ ;
assign n76 =  ( n18 ) == ( bv_1_1_n14 )  ;
assign bv_16_8_n77 = 16'h8 ;
assign n78 =  ( addr_in ) == ( bv_16_8_n77 )  ;
assign n79 =  ( n76 ) & (n78 )  ;
assign __ILA_memory_core_decode_of_WrConfigReg_enable_chain__ = n79 ;
assign __ILA_memory_core_acc_decode__[16] = __ILA_memory_core_decode_of_WrConfigReg_enable_chain__ ;
assign n80 =  ( n23 ) == ( bv_1_1_n14 )  ;
assign n81 =  ( addr_in ) == ( bv_16_8_n77 )  ;
assign n82 =  ( n80 ) & (n81 )  ;
assign __ILA_memory_core_decode_of_RdConfigReg_enable_chain__ = n82 ;
assign __ILA_memory_core_acc_decode__[17] = __ILA_memory_core_decode_of_RdConfigReg_enable_chain__ ;
assign n83 =  ( n18 ) == ( bv_1_1_n14 )  ;
assign bv_16_9_n84 = 16'h9 ;
assign n85 =  ( addr_in ) == ( bv_16_9_n84 )  ;
assign n86 =  ( n83 ) & (n85 )  ;
assign __ILA_memory_core_decode_of_WrConfigReg_flush_reg_sel__ = n86 ;
assign __ILA_memory_core_acc_decode__[18] = __ILA_memory_core_decode_of_WrConfigReg_flush_reg_sel__ ;
assign n87 =  ( n23 ) == ( bv_1_1_n14 )  ;
assign n88 =  ( addr_in ) == ( bv_16_9_n84 )  ;
assign n89 =  ( n87 ) & (n88 )  ;
assign __ILA_memory_core_decode_of_RdConfigReg_flush_reg_sel__ = n89 ;
assign __ILA_memory_core_acc_decode__[19] = __ILA_memory_core_decode_of_RdConfigReg_flush_reg_sel__ ;
assign n90 =  ( n18 ) == ( bv_1_1_n14 )  ;
assign bv_16_10_n91 = 16'ha ;
assign n92 =  ( addr_in ) == ( bv_16_10_n91 )  ;
assign n93 =  ( n90 ) & (n92 )  ;
assign __ILA_memory_core_decode_of_WrConfigReg_flush_reg_value__ = n93 ;
assign __ILA_memory_core_acc_decode__[20] = __ILA_memory_core_decode_of_WrConfigReg_flush_reg_value__ ;
assign n94 =  ( n23 ) == ( bv_1_1_n14 )  ;
assign n95 =  ( addr_in ) == ( bv_16_10_n91 )  ;
assign n96 =  ( n94 ) & (n95 )  ;
assign __ILA_memory_core_decode_of_RdConfigReg_flush_reg_value__ = n96 ;
assign __ILA_memory_core_acc_decode__[21] = __ILA_memory_core_decode_of_RdConfigReg_flush_reg_value__ ;
assign n97 =  ( n18 ) == ( bv_1_1_n14 )  ;
assign bv_16_11_n98 = 16'hb ;
assign n99 =  ( addr_in ) == ( bv_16_11_n98 )  ;
assign n100 =  ( n97 ) & (n99 )  ;
assign __ILA_memory_core_decode_of_WrConfigReg_iter_cnt__ = n100 ;
assign __ILA_memory_core_acc_decode__[22] = __ILA_memory_core_decode_of_WrConfigReg_iter_cnt__ ;
assign n101 =  ( n23 ) == ( bv_1_1_n14 )  ;
assign n102 =  ( addr_in ) == ( bv_16_11_n98 )  ;
assign n103 =  ( n101 ) & (n102 )  ;
assign __ILA_memory_core_decode_of_RdConfigReg_iter_cnt__ = n103 ;
assign __ILA_memory_core_acc_decode__[23] = __ILA_memory_core_decode_of_RdConfigReg_iter_cnt__ ;
assign n104 =  ( n18 ) == ( bv_1_1_n14 )  ;
assign bv_16_12_n105 = 16'hc ;
assign n106 =  ( addr_in ) == ( bv_16_12_n105 )  ;
assign n107 =  ( n104 ) & (n106 )  ;
assign __ILA_memory_core_decode_of_WrConfigReg_mode__ = n107 ;
assign __ILA_memory_core_acc_decode__[24] = __ILA_memory_core_decode_of_WrConfigReg_mode__ ;
assign n108 =  ( n23 ) == ( bv_1_1_n14 )  ;
assign n109 =  ( addr_in ) == ( bv_16_12_n105 )  ;
assign n110 =  ( n108 ) & (n109 )  ;
assign __ILA_memory_core_decode_of_RdConfigReg_mode__ = n110 ;
assign __ILA_memory_core_acc_decode__[25] = __ILA_memory_core_decode_of_RdConfigReg_mode__ ;
assign n111 =  ( n18 ) == ( bv_1_1_n14 )  ;
assign bv_16_13_n112 = 16'hd ;
assign n113 =  ( addr_in ) == ( bv_16_13_n112 )  ;
assign n114 =  ( n111 ) & (n113 )  ;
assign __ILA_memory_core_decode_of_WrConfigReg_range_0__ = n114 ;
assign __ILA_memory_core_acc_decode__[26] = __ILA_memory_core_decode_of_WrConfigReg_range_0__ ;
assign n115 =  ( n23 ) == ( bv_1_1_n14 )  ;
assign n116 =  ( addr_in ) == ( bv_16_13_n112 )  ;
assign n117 =  ( n115 ) & (n116 )  ;
assign __ILA_memory_core_decode_of_RdConfigReg_range_0__ = n117 ;
assign __ILA_memory_core_acc_decode__[27] = __ILA_memory_core_decode_of_RdConfigReg_range_0__ ;
assign n118 =  ( n18 ) == ( bv_1_1_n14 )  ;
assign bv_16_14_n119 = 16'he ;
assign n120 =  ( addr_in ) == ( bv_16_14_n119 )  ;
assign n121 =  ( n118 ) & (n120 )  ;
assign __ILA_memory_core_decode_of_WrConfigReg_range_1__ = n121 ;
assign __ILA_memory_core_acc_decode__[28] = __ILA_memory_core_decode_of_WrConfigReg_range_1__ ;
assign n122 =  ( n23 ) == ( bv_1_1_n14 )  ;
assign n123 =  ( addr_in ) == ( bv_16_14_n119 )  ;
assign n124 =  ( n122 ) & (n123 )  ;
assign __ILA_memory_core_decode_of_RdConfigReg_range_1__ = n124 ;
assign __ILA_memory_core_acc_decode__[29] = __ILA_memory_core_decode_of_RdConfigReg_range_1__ ;
assign n125 =  ( n18 ) == ( bv_1_1_n14 )  ;
assign bv_16_15_n126 = 16'hf ;
assign n127 =  ( addr_in ) == ( bv_16_15_n126 )  ;
assign n128 =  ( n125 ) & (n127 )  ;
assign __ILA_memory_core_decode_of_WrConfigReg_range_2__ = n128 ;
assign __ILA_memory_core_acc_decode__[30] = __ILA_memory_core_decode_of_WrConfigReg_range_2__ ;
assign n129 =  ( n23 ) == ( bv_1_1_n14 )  ;
assign n130 =  ( addr_in ) == ( bv_16_15_n126 )  ;
assign n131 =  ( n129 ) & (n130 )  ;
assign __ILA_memory_core_decode_of_RdConfigReg_range_2__ = n131 ;
assign __ILA_memory_core_acc_decode__[31] = __ILA_memory_core_decode_of_RdConfigReg_range_2__ ;
assign n132 =  ( n18 ) == ( bv_1_1_n14 )  ;
assign bv_16_16_n133 = 16'h10 ;
assign n134 =  ( addr_in ) == ( bv_16_16_n133 )  ;
assign n135 =  ( n132 ) & (n134 )  ;
assign __ILA_memory_core_decode_of_WrConfigReg_range_3__ = n135 ;
assign __ILA_memory_core_acc_decode__[32] = __ILA_memory_core_decode_of_WrConfigReg_range_3__ ;
assign n136 =  ( n23 ) == ( bv_1_1_n14 )  ;
assign n137 =  ( addr_in ) == ( bv_16_16_n133 )  ;
assign n138 =  ( n136 ) & (n137 )  ;
assign __ILA_memory_core_decode_of_RdConfigReg_range_3__ = n138 ;
assign __ILA_memory_core_acc_decode__[33] = __ILA_memory_core_decode_of_RdConfigReg_range_3__ ;
assign n139 =  ( n18 ) == ( bv_1_1_n14 )  ;
assign bv_16_17_n140 = 16'h11 ;
assign n141 =  ( addr_in ) == ( bv_16_17_n140 )  ;
assign n142 =  ( n139 ) & (n141 )  ;
assign __ILA_memory_core_decode_of_WrConfigReg_range_4__ = n142 ;
assign __ILA_memory_core_acc_decode__[34] = __ILA_memory_core_decode_of_WrConfigReg_range_4__ ;
assign n143 =  ( n23 ) == ( bv_1_1_n14 )  ;
assign n144 =  ( addr_in ) == ( bv_16_17_n140 )  ;
assign n145 =  ( n143 ) & (n144 )  ;
assign __ILA_memory_core_decode_of_RdConfigReg_range_4__ = n145 ;
assign __ILA_memory_core_acc_decode__[35] = __ILA_memory_core_decode_of_RdConfigReg_range_4__ ;
assign n146 =  ( n18 ) == ( bv_1_1_n14 )  ;
assign bv_16_18_n147 = 16'h12 ;
assign n148 =  ( addr_in ) == ( bv_16_18_n147 )  ;
assign n149 =  ( n146 ) & (n148 )  ;
assign __ILA_memory_core_decode_of_WrConfigReg_range_5__ = n149 ;
assign __ILA_memory_core_acc_decode__[36] = __ILA_memory_core_decode_of_WrConfigReg_range_5__ ;
assign n150 =  ( n23 ) == ( bv_1_1_n14 )  ;
assign n151 =  ( addr_in ) == ( bv_16_18_n147 )  ;
assign n152 =  ( n150 ) & (n151 )  ;
assign __ILA_memory_core_decode_of_RdConfigReg_range_5__ = n152 ;
assign __ILA_memory_core_acc_decode__[37] = __ILA_memory_core_decode_of_RdConfigReg_range_5__ ;
assign n153 =  ( n18 ) == ( bv_1_1_n14 )  ;
assign bv_16_19_n154 = 16'h13 ;
assign n155 =  ( addr_in ) == ( bv_16_19_n154 )  ;
assign n156 =  ( n153 ) & (n155 )  ;
assign __ILA_memory_core_decode_of_WrConfigReg_rate_matched__ = n156 ;
assign __ILA_memory_core_acc_decode__[38] = __ILA_memory_core_decode_of_WrConfigReg_rate_matched__ ;
assign n157 =  ( n23 ) == ( bv_1_1_n14 )  ;
assign n158 =  ( addr_in ) == ( bv_16_19_n154 )  ;
assign n159 =  ( n157 ) & (n158 )  ;
assign __ILA_memory_core_decode_of_RdConfigReg_rate_matched__ = n159 ;
assign __ILA_memory_core_acc_decode__[39] = __ILA_memory_core_decode_of_RdConfigReg_rate_matched__ ;
assign n160 =  ( n18 ) == ( bv_1_1_n14 )  ;
assign bv_16_20_n161 = 16'h14 ;
assign n162 =  ( addr_in ) == ( bv_16_20_n161 )  ;
assign n163 =  ( n160 ) & (n162 )  ;
assign __ILA_memory_core_decode_of_WrConfigReg_ren_in_reg_sel__ = n163 ;
assign __ILA_memory_core_acc_decode__[40] = __ILA_memory_core_decode_of_WrConfigReg_ren_in_reg_sel__ ;
assign n164 =  ( n23 ) == ( bv_1_1_n14 )  ;
assign n165 =  ( addr_in ) == ( bv_16_20_n161 )  ;
assign n166 =  ( n164 ) & (n165 )  ;
assign __ILA_memory_core_decode_of_RdConfigReg_ren_in_reg_sel__ = n166 ;
assign __ILA_memory_core_acc_decode__[41] = __ILA_memory_core_decode_of_RdConfigReg_ren_in_reg_sel__ ;
assign n167 =  ( n18 ) == ( bv_1_1_n14 )  ;
assign bv_16_21_n168 = 16'h15 ;
assign n169 =  ( addr_in ) == ( bv_16_21_n168 )  ;
assign n170 =  ( n167 ) & (n169 )  ;
assign __ILA_memory_core_decode_of_WrConfigReg_ren_in_reg_value__ = n170 ;
assign __ILA_memory_core_acc_decode__[42] = __ILA_memory_core_decode_of_WrConfigReg_ren_in_reg_value__ ;
assign n171 =  ( n23 ) == ( bv_1_1_n14 )  ;
assign n172 =  ( addr_in ) == ( bv_16_21_n168 )  ;
assign n173 =  ( n171 ) & (n172 )  ;
assign __ILA_memory_core_decode_of_RdConfigReg_ren_in_reg_value__ = n173 ;
assign __ILA_memory_core_acc_decode__[43] = __ILA_memory_core_decode_of_RdConfigReg_ren_in_reg_value__ ;
assign n174 =  ( n18 ) == ( bv_1_1_n14 )  ;
assign bv_16_22_n175 = 16'h16 ;
assign n176 =  ( addr_in ) == ( bv_16_22_n175 )  ;
assign n177 =  ( n174 ) & (n176 )  ;
assign __ILA_memory_core_decode_of_WrConfigReg_starting_addr__ = n177 ;
assign __ILA_memory_core_acc_decode__[44] = __ILA_memory_core_decode_of_WrConfigReg_starting_addr__ ;
assign n178 =  ( n23 ) == ( bv_1_1_n14 )  ;
assign n179 =  ( addr_in ) == ( bv_16_22_n175 )  ;
assign n180 =  ( n178 ) & (n179 )  ;
assign __ILA_memory_core_decode_of_RdConfigReg_starting_addr__ = n180 ;
assign __ILA_memory_core_acc_decode__[45] = __ILA_memory_core_decode_of_RdConfigReg_starting_addr__ ;
assign n181 =  ( n18 ) == ( bv_1_1_n14 )  ;
assign bv_16_23_n182 = 16'h17 ;
assign n183 =  ( addr_in ) == ( bv_16_23_n182 )  ;
assign n184 =  ( n181 ) & (n183 )  ;
assign __ILA_memory_core_decode_of_WrConfigReg_stencil_width__ = n184 ;
assign __ILA_memory_core_acc_decode__[46] = __ILA_memory_core_decode_of_WrConfigReg_stencil_width__ ;
assign n185 =  ( n23 ) == ( bv_1_1_n14 )  ;
assign n186 =  ( addr_in ) == ( bv_16_23_n182 )  ;
assign n187 =  ( n185 ) & (n186 )  ;
assign __ILA_memory_core_decode_of_RdConfigReg_stencil_width__ = n187 ;
assign __ILA_memory_core_acc_decode__[47] = __ILA_memory_core_decode_of_RdConfigReg_stencil_width__ ;
assign n188 =  ( n18 ) == ( bv_1_1_n14 )  ;
assign bv_16_24_n189 = 16'h18 ;
assign n190 =  ( addr_in ) == ( bv_16_24_n189 )  ;
assign n191 =  ( n188 ) & (n190 )  ;
assign __ILA_memory_core_decode_of_WrConfigReg_stride_0__ = n191 ;
assign __ILA_memory_core_acc_decode__[48] = __ILA_memory_core_decode_of_WrConfigReg_stride_0__ ;
assign n192 =  ( n23 ) == ( bv_1_1_n14 )  ;
assign n193 =  ( addr_in ) == ( bv_16_24_n189 )  ;
assign n194 =  ( n192 ) & (n193 )  ;
assign __ILA_memory_core_decode_of_RdConfigReg_stride_0__ = n194 ;
assign __ILA_memory_core_acc_decode__[49] = __ILA_memory_core_decode_of_RdConfigReg_stride_0__ ;
assign n195 =  ( n18 ) == ( bv_1_1_n14 )  ;
assign bv_16_25_n196 = 16'h19 ;
assign n197 =  ( addr_in ) == ( bv_16_25_n196 )  ;
assign n198 =  ( n195 ) & (n197 )  ;
assign __ILA_memory_core_decode_of_WrConfigReg_stride_1__ = n198 ;
assign __ILA_memory_core_acc_decode__[50] = __ILA_memory_core_decode_of_WrConfigReg_stride_1__ ;
assign n199 =  ( n23 ) == ( bv_1_1_n14 )  ;
assign n200 =  ( addr_in ) == ( bv_16_25_n196 )  ;
assign n201 =  ( n199 ) & (n200 )  ;
assign __ILA_memory_core_decode_of_RdConfigReg_stride_1__ = n201 ;
assign __ILA_memory_core_acc_decode__[51] = __ILA_memory_core_decode_of_RdConfigReg_stride_1__ ;
assign n202 =  ( n18 ) == ( bv_1_1_n14 )  ;
assign bv_16_26_n203 = 16'h1a ;
assign n204 =  ( addr_in ) == ( bv_16_26_n203 )  ;
assign n205 =  ( n202 ) & (n204 )  ;
assign __ILA_memory_core_decode_of_WrConfigReg_stride_2__ = n205 ;
assign __ILA_memory_core_acc_decode__[52] = __ILA_memory_core_decode_of_WrConfigReg_stride_2__ ;
assign n206 =  ( n23 ) == ( bv_1_1_n14 )  ;
assign n207 =  ( addr_in ) == ( bv_16_26_n203 )  ;
assign n208 =  ( n206 ) & (n207 )  ;
assign __ILA_memory_core_decode_of_RdConfigReg_stride_2__ = n208 ;
assign __ILA_memory_core_acc_decode__[53] = __ILA_memory_core_decode_of_RdConfigReg_stride_2__ ;
assign n209 =  ( n18 ) == ( bv_1_1_n14 )  ;
assign bv_16_27_n210 = 16'h1b ;
assign n211 =  ( addr_in ) == ( bv_16_27_n210 )  ;
assign n212 =  ( n209 ) & (n211 )  ;
assign __ILA_memory_core_decode_of_WrConfigReg_stride_3__ = n212 ;
assign __ILA_memory_core_acc_decode__[54] = __ILA_memory_core_decode_of_WrConfigReg_stride_3__ ;
assign n213 =  ( n23 ) == ( bv_1_1_n14 )  ;
assign n214 =  ( addr_in ) == ( bv_16_27_n210 )  ;
assign n215 =  ( n213 ) & (n214 )  ;
assign __ILA_memory_core_decode_of_RdConfigReg_stride_3__ = n215 ;
assign __ILA_memory_core_acc_decode__[55] = __ILA_memory_core_decode_of_RdConfigReg_stride_3__ ;
assign n216 =  ( n18 ) == ( bv_1_1_n14 )  ;
assign bv_16_28_n217 = 16'h1c ;
assign n218 =  ( addr_in ) == ( bv_16_28_n217 )  ;
assign n219 =  ( n216 ) & (n218 )  ;
assign __ILA_memory_core_decode_of_WrConfigReg_stride_4__ = n219 ;
assign __ILA_memory_core_acc_decode__[56] = __ILA_memory_core_decode_of_WrConfigReg_stride_4__ ;
assign n220 =  ( n23 ) == ( bv_1_1_n14 )  ;
assign n221 =  ( addr_in ) == ( bv_16_28_n217 )  ;
assign n222 =  ( n220 ) & (n221 )  ;
assign __ILA_memory_core_decode_of_RdConfigReg_stride_4__ = n222 ;
assign __ILA_memory_core_acc_decode__[57] = __ILA_memory_core_decode_of_RdConfigReg_stride_4__ ;
assign n223 =  ( n18 ) == ( bv_1_1_n14 )  ;
assign bv_16_29_n224 = 16'h1d ;
assign n225 =  ( addr_in ) == ( bv_16_29_n224 )  ;
assign n226 =  ( n223 ) & (n225 )  ;
assign __ILA_memory_core_decode_of_WrConfigReg_stride_5__ = n226 ;
assign __ILA_memory_core_acc_decode__[58] = __ILA_memory_core_decode_of_WrConfigReg_stride_5__ ;
assign n227 =  ( n23 ) == ( bv_1_1_n14 )  ;
assign n228 =  ( addr_in ) == ( bv_16_29_n224 )  ;
assign n229 =  ( n227 ) & (n228 )  ;
assign __ILA_memory_core_decode_of_RdConfigReg_stride_5__ = n229 ;
assign __ILA_memory_core_acc_decode__[59] = __ILA_memory_core_decode_of_RdConfigReg_stride_5__ ;
assign n230 =  ( n18 ) == ( bv_1_1_n14 )  ;
assign bv_16_30_n231 = 16'h1e ;
assign n232 =  ( addr_in ) == ( bv_16_30_n231 )  ;
assign n233 =  ( n230 ) & (n232 )  ;
assign __ILA_memory_core_decode_of_WrConfigReg_switch_db_reg_sel__ = n233 ;
assign __ILA_memory_core_acc_decode__[60] = __ILA_memory_core_decode_of_WrConfigReg_switch_db_reg_sel__ ;
assign n234 =  ( n23 ) == ( bv_1_1_n14 )  ;
assign n235 =  ( addr_in ) == ( bv_16_30_n231 )  ;
assign n236 =  ( n234 ) & (n235 )  ;
assign __ILA_memory_core_decode_of_RdConfigReg_switch_db_reg_sel__ = n236 ;
assign __ILA_memory_core_acc_decode__[61] = __ILA_memory_core_decode_of_RdConfigReg_switch_db_reg_sel__ ;
assign n237 =  ( n18 ) == ( bv_1_1_n14 )  ;
assign bv_16_31_n238 = 16'h1f ;
assign n239 =  ( addr_in ) == ( bv_16_31_n238 )  ;
assign n240 =  ( n237 ) & (n239 )  ;
assign __ILA_memory_core_decode_of_WrConfigReg_switch_db_reg_value__ = n240 ;
assign __ILA_memory_core_acc_decode__[62] = __ILA_memory_core_decode_of_WrConfigReg_switch_db_reg_value__ ;
assign n241 =  ( n23 ) == ( bv_1_1_n14 )  ;
assign n242 =  ( addr_in ) == ( bv_16_31_n238 )  ;
assign n243 =  ( n241 ) & (n242 )  ;
assign __ILA_memory_core_decode_of_RdConfigReg_switch_db_reg_value__ = n243 ;
assign __ILA_memory_core_acc_decode__[63] = __ILA_memory_core_decode_of_RdConfigReg_switch_db_reg_value__ ;
assign n244 =  ( n18 ) == ( bv_1_1_n14 )  ;
assign bv_16_32_n245 = 16'h20 ;
assign n246 =  ( addr_in ) == ( bv_16_32_n245 )  ;
assign n247 =  ( n244 ) & (n246 )  ;
assign __ILA_memory_core_decode_of_WrConfigReg_tile_en__ = n247 ;
assign __ILA_memory_core_acc_decode__[64] = __ILA_memory_core_decode_of_WrConfigReg_tile_en__ ;
assign n248 =  ( n23 ) == ( bv_1_1_n14 )  ;
assign n249 =  ( addr_in ) == ( bv_16_32_n245 )  ;
assign n250 =  ( n248 ) & (n249 )  ;
assign __ILA_memory_core_decode_of_RdConfigReg_tile_en__ = n250 ;
assign __ILA_memory_core_acc_decode__[65] = __ILA_memory_core_decode_of_RdConfigReg_tile_en__ ;
assign n251 =  ( n18 ) == ( bv_1_1_n14 )  ;
assign bv_16_33_n252 = 16'h21 ;
assign n253 =  ( addr_in ) == ( bv_16_33_n252 )  ;
assign n254 =  ( n251 ) & (n253 )  ;
assign __ILA_memory_core_decode_of_WrConfigReg_wen_in_reg_sel__ = n254 ;
assign __ILA_memory_core_acc_decode__[66] = __ILA_memory_core_decode_of_WrConfigReg_wen_in_reg_sel__ ;
assign n255 =  ( n23 ) == ( bv_1_1_n14 )  ;
assign n256 =  ( addr_in ) == ( bv_16_33_n252 )  ;
assign n257 =  ( n255 ) & (n256 )  ;
assign __ILA_memory_core_decode_of_RdConfigReg_wen_in_reg_sel__ = n257 ;
assign __ILA_memory_core_acc_decode__[67] = __ILA_memory_core_decode_of_RdConfigReg_wen_in_reg_sel__ ;
assign n258 =  ( n18 ) == ( bv_1_1_n14 )  ;
assign bv_16_34_n259 = 16'h22 ;
assign n260 =  ( addr_in ) == ( bv_16_34_n259 )  ;
assign n261 =  ( n258 ) & (n260 )  ;
assign __ILA_memory_core_decode_of_WrConfigReg_wen_in_reg_value__ = n261 ;
assign __ILA_memory_core_acc_decode__[68] = __ILA_memory_core_decode_of_WrConfigReg_wen_in_reg_value__ ;
assign n262 =  ( n23 ) == ( bv_1_1_n14 )  ;
assign n263 =  ( addr_in ) == ( bv_16_34_n259 )  ;
assign n264 =  ( n262 ) & (n263 )  ;
assign __ILA_memory_core_decode_of_RdConfigReg_wen_in_reg_value__ = n264 ;
assign __ILA_memory_core_acc_decode__[69] = __ILA_memory_core_decode_of_RdConfigReg_wen_in_reg_value__ ;
assign n265 =  {12'd0 , almost_count}  ;
assign n266 =  {15'd0 , arbitrary_addr}  ;
assign n267 =  {12'd0 , chain_idx}  ;
assign n268 =  {15'd0 , chain_wen_in_reg_sel}  ;
assign n269 =  {15'd0 , chain_wen_in_reg_value}  ;
assign n270 =  {15'd0 , circular_en}  ;
assign n271 =  {12'd0 , dimensionality}  ;
assign n272 =  {15'd0 , enable_chain}  ;
assign n273 =  {15'd0 , flush_reg_sel}  ;
assign n274 =  {15'd0 , flush_reg_value}  ;
assign n275 = iter_cnt[15:0] ;
assign n276 =  {14'd0 , mode}  ;
assign n277 = range_0[15:0] ;
assign n278 = range_1[15:0] ;
assign n279 = range_2[15:0] ;
assign n280 = range_3[15:0] ;
assign n281 = range_4[15:0] ;
assign n282 = range_5[15:0] ;
assign n283 =  {15'd0 , rate_matched}  ;
assign n284 =  {15'd0 , ren_in_reg_sel}  ;
assign n285 =  {15'd0 , ren_in_reg_value}  ;
assign n286 =  {15'd0 , switch_db_reg_sel}  ;
assign n287 =  {15'd0 , switch_db_reg_value}  ;
assign n288 =  {15'd0 , tile_en}  ;
assign n289 =  {15'd0 , wen_in_reg_sel}  ;
assign n290 =  {15'd0 , wen_in_reg_value}  ;
assign n291 = data_in[3:0] ;
assign n292 = data_in[0:0] ;
assign n293 = data_in[3:0] ;
assign n294 = data_in[0:0] ;
assign n295 = data_in[0:0] ;
assign n296 = data_in[0:0] ;
assign n297 = data_in[3:0] ;
assign n298 = data_in[0:0] ;
assign n299 = data_in[0:0] ;
assign n300 = data_in[0:0] ;
assign n301 =  {16'd0 , data_in}  ;
assign n302 = data_in[1:0] ;
assign n303 =  {16'd0 , data_in}  ;
assign n304 =  {16'd0 , data_in}  ;
assign n305 =  {16'd0 , data_in}  ;
assign n306 =  {16'd0 , data_in}  ;
assign n307 =  {16'd0 , data_in}  ;
assign n308 =  {16'd0 , data_in}  ;
assign n309 = data_in[0:0] ;
assign n310 = data_in[0:0] ;
assign n311 = data_in[0:0] ;
assign n312 = data_in[0:0] ;
assign n313 = data_in[0:0] ;
assign n314 = data_in[0:0] ;
assign n315 = data_in[0:0] ;
assign n316 = data_in[0:0] ;
always @(posedge clk) begin
   if(rst) begin
   end
   else if(__ILA_memory_core_valid__) begin
       if ( __ILA_memory_core_decode_of_RdConfigReg_almost_count__ && __ILA_memory_core_grant__[1] ) begin
           data_out <= n265;
       end else if ( __ILA_memory_core_decode_of_RdConfigReg_arbitrary_addr__ && __ILA_memory_core_grant__[3] ) begin
           data_out <= n266;
       end else if ( __ILA_memory_core_decode_of_RdConfigReg_chain_idx__ && __ILA_memory_core_grant__[5] ) begin
           data_out <= n267;
       end else if ( __ILA_memory_core_decode_of_RdConfigReg_chain_wen_in_reg_sel__ && __ILA_memory_core_grant__[7] ) begin
           data_out <= n268;
       end else if ( __ILA_memory_core_decode_of_RdConfigReg_chain_wen_in_reg_value__ && __ILA_memory_core_grant__[9] ) begin
           data_out <= n269;
       end else if ( __ILA_memory_core_decode_of_RdConfigReg_circular_en__ && __ILA_memory_core_grant__[11] ) begin
           data_out <= n270;
       end else if ( __ILA_memory_core_decode_of_RdConfigReg_depth__ && __ILA_memory_core_grant__[13] ) begin
           data_out <= depth;
       end else if ( __ILA_memory_core_decode_of_RdConfigReg_dimensionality__ && __ILA_memory_core_grant__[15] ) begin
           data_out <= n271;
       end else if ( __ILA_memory_core_decode_of_RdConfigReg_enable_chain__ && __ILA_memory_core_grant__[17] ) begin
           data_out <= n272;
       end else if ( __ILA_memory_core_decode_of_RdConfigReg_flush_reg_sel__ && __ILA_memory_core_grant__[19] ) begin
           data_out <= n273;
       end else if ( __ILA_memory_core_decode_of_RdConfigReg_flush_reg_value__ && __ILA_memory_core_grant__[21] ) begin
           data_out <= n274;
       end else if ( __ILA_memory_core_decode_of_RdConfigReg_iter_cnt__ && __ILA_memory_core_grant__[23] ) begin
           data_out <= n275;
       end else if ( __ILA_memory_core_decode_of_RdConfigReg_mode__ && __ILA_memory_core_grant__[25] ) begin
           data_out <= n276;
       end else if ( __ILA_memory_core_decode_of_RdConfigReg_range_0__ && __ILA_memory_core_grant__[27] ) begin
           data_out <= n277;
       end else if ( __ILA_memory_core_decode_of_RdConfigReg_range_1__ && __ILA_memory_core_grant__[29] ) begin
           data_out <= n278;
       end else if ( __ILA_memory_core_decode_of_RdConfigReg_range_2__ && __ILA_memory_core_grant__[31] ) begin
           data_out <= n279;
       end else if ( __ILA_memory_core_decode_of_RdConfigReg_range_3__ && __ILA_memory_core_grant__[33] ) begin
           data_out <= n280;
       end else if ( __ILA_memory_core_decode_of_RdConfigReg_range_4__ && __ILA_memory_core_grant__[35] ) begin
           data_out <= n281;
       end else if ( __ILA_memory_core_decode_of_RdConfigReg_range_5__ && __ILA_memory_core_grant__[37] ) begin
           data_out <= n282;
       end else if ( __ILA_memory_core_decode_of_RdConfigReg_rate_matched__ && __ILA_memory_core_grant__[39] ) begin
           data_out <= n283;
       end else if ( __ILA_memory_core_decode_of_RdConfigReg_ren_in_reg_sel__ && __ILA_memory_core_grant__[41] ) begin
           data_out <= n284;
       end else if ( __ILA_memory_core_decode_of_RdConfigReg_ren_in_reg_value__ && __ILA_memory_core_grant__[43] ) begin
           data_out <= n285;
       end else if ( __ILA_memory_core_decode_of_RdConfigReg_starting_addr__ && __ILA_memory_core_grant__[45] ) begin
           data_out <= starting_addr;
       end else if ( __ILA_memory_core_decode_of_RdConfigReg_stencil_width__ && __ILA_memory_core_grant__[47] ) begin
           data_out <= stencil_width;
       end else if ( __ILA_memory_core_decode_of_RdConfigReg_stride_0__ && __ILA_memory_core_grant__[49] ) begin
           data_out <= stride_0;
       end else if ( __ILA_memory_core_decode_of_RdConfigReg_stride_1__ && __ILA_memory_core_grant__[51] ) begin
           data_out <= stride_1;
       end else if ( __ILA_memory_core_decode_of_RdConfigReg_stride_2__ && __ILA_memory_core_grant__[53] ) begin
           data_out <= stride_2;
       end else if ( __ILA_memory_core_decode_of_RdConfigReg_stride_3__ && __ILA_memory_core_grant__[55] ) begin
           data_out <= stride_3;
       end else if ( __ILA_memory_core_decode_of_RdConfigReg_stride_4__ && __ILA_memory_core_grant__[57] ) begin
           data_out <= stride_4;
       end else if ( __ILA_memory_core_decode_of_RdConfigReg_stride_5__ && __ILA_memory_core_grant__[59] ) begin
           data_out <= stride_5;
       end else if ( __ILA_memory_core_decode_of_RdConfigReg_switch_db_reg_sel__ && __ILA_memory_core_grant__[61] ) begin
           data_out <= n286;
       end else if ( __ILA_memory_core_decode_of_RdConfigReg_switch_db_reg_value__ && __ILA_memory_core_grant__[63] ) begin
           data_out <= n287;
       end else if ( __ILA_memory_core_decode_of_RdConfigReg_tile_en__ && __ILA_memory_core_grant__[65] ) begin
           data_out <= n288;
       end else if ( __ILA_memory_core_decode_of_RdConfigReg_wen_in_reg_sel__ && __ILA_memory_core_grant__[67] ) begin
           data_out <= n289;
       end else if ( __ILA_memory_core_decode_of_RdConfigReg_wen_in_reg_value__ && __ILA_memory_core_grant__[69] ) begin
           data_out <= n290;
       end
       if ( __ILA_memory_core_decode_of_WrConfigReg_almost_count__ && __ILA_memory_core_grant__[0] ) begin
           almost_count <= n291;
       end
       if ( __ILA_memory_core_decode_of_WrConfigReg_arbitrary_addr__ && __ILA_memory_core_grant__[2] ) begin
           arbitrary_addr <= n292;
       end
       if ( __ILA_memory_core_decode_of_WrConfigReg_chain_idx__ && __ILA_memory_core_grant__[4] ) begin
           chain_idx <= n293;
       end
       if ( __ILA_memory_core_decode_of_WrConfigReg_chain_wen_in_reg_sel__ && __ILA_memory_core_grant__[6] ) begin
           chain_wen_in_reg_sel <= n294;
       end
       if ( __ILA_memory_core_decode_of_WrConfigReg_chain_wen_in_reg_value__ && __ILA_memory_core_grant__[8] ) begin
           chain_wen_in_reg_value <= n295;
       end
       if ( __ILA_memory_core_decode_of_WrConfigReg_circular_en__ && __ILA_memory_core_grant__[10] ) begin
           circular_en <= n296;
       end
       if ( __ILA_memory_core_decode_of_WrConfigReg_depth__ && __ILA_memory_core_grant__[12] ) begin
           depth <= data_in;
       end
       if ( __ILA_memory_core_decode_of_WrConfigReg_dimensionality__ && __ILA_memory_core_grant__[14] ) begin
           dimensionality <= n297;
       end
       if ( __ILA_memory_core_decode_of_WrConfigReg_enable_chain__ && __ILA_memory_core_grant__[16] ) begin
           enable_chain <= n298;
       end
       if ( __ILA_memory_core_decode_of_WrConfigReg_flush_reg_sel__ && __ILA_memory_core_grant__[18] ) begin
           flush_reg_sel <= n299;
       end
       if ( __ILA_memory_core_decode_of_WrConfigReg_flush_reg_value__ && __ILA_memory_core_grant__[20] ) begin
           flush_reg_value <= n300;
       end
       if ( __ILA_memory_core_decode_of_WrConfigReg_iter_cnt__ && __ILA_memory_core_grant__[22] ) begin
           iter_cnt <= n301;
       end
       if ( __ILA_memory_core_decode_of_WrConfigReg_mode__ && __ILA_memory_core_grant__[24] ) begin
           mode <= n302;
       end
       if ( __ILA_memory_core_decode_of_WrConfigReg_range_0__ && __ILA_memory_core_grant__[26] ) begin
           range_0 <= n303;
       end
       if ( __ILA_memory_core_decode_of_WrConfigReg_range_1__ && __ILA_memory_core_grant__[28] ) begin
           range_1 <= n304;
       end
       if ( __ILA_memory_core_decode_of_WrConfigReg_range_2__ && __ILA_memory_core_grant__[30] ) begin
           range_2 <= n305;
       end
       if ( __ILA_memory_core_decode_of_WrConfigReg_range_3__ && __ILA_memory_core_grant__[32] ) begin
           range_3 <= n306;
       end
       if ( __ILA_memory_core_decode_of_WrConfigReg_range_4__ && __ILA_memory_core_grant__[34] ) begin
           range_4 <= n307;
       end
       if ( __ILA_memory_core_decode_of_WrConfigReg_range_5__ && __ILA_memory_core_grant__[36] ) begin
           range_5 <= n308;
       end
       if ( __ILA_memory_core_decode_of_WrConfigReg_rate_matched__ && __ILA_memory_core_grant__[38] ) begin
           rate_matched <= n309;
       end
       if ( __ILA_memory_core_decode_of_WrConfigReg_ren_in_reg_sel__ && __ILA_memory_core_grant__[40] ) begin
           ren_in_reg_sel <= n310;
       end
       if ( __ILA_memory_core_decode_of_WrConfigReg_ren_in_reg_value__ && __ILA_memory_core_grant__[42] ) begin
           ren_in_reg_value <= n311;
       end
       if ( __ILA_memory_core_decode_of_WrConfigReg_starting_addr__ && __ILA_memory_core_grant__[44] ) begin
           starting_addr <= data_in;
       end
       if ( __ILA_memory_core_decode_of_WrConfigReg_stencil_width__ && __ILA_memory_core_grant__[46] ) begin
           stencil_width <= data_in;
       end
       if ( __ILA_memory_core_decode_of_WrConfigReg_stride_0__ && __ILA_memory_core_grant__[48] ) begin
           stride_0 <= data_in;
       end
       if ( __ILA_memory_core_decode_of_WrConfigReg_stride_1__ && __ILA_memory_core_grant__[50] ) begin
           stride_1 <= data_in;
       end
       if ( __ILA_memory_core_decode_of_WrConfigReg_stride_2__ && __ILA_memory_core_grant__[52] ) begin
           stride_2 <= data_in;
       end
       if ( __ILA_memory_core_decode_of_WrConfigReg_stride_3__ && __ILA_memory_core_grant__[54] ) begin
           stride_3 <= data_in;
       end
       if ( __ILA_memory_core_decode_of_WrConfigReg_stride_4__ && __ILA_memory_core_grant__[56] ) begin
           stride_4 <= data_in;
       end
       if ( __ILA_memory_core_decode_of_WrConfigReg_stride_5__ && __ILA_memory_core_grant__[58] ) begin
           stride_5 <= data_in;
       end
       if ( __ILA_memory_core_decode_of_WrConfigReg_switch_db_reg_sel__ && __ILA_memory_core_grant__[60] ) begin
           switch_db_reg_sel <= n312;
       end
       if ( __ILA_memory_core_decode_of_WrConfigReg_switch_db_reg_value__ && __ILA_memory_core_grant__[62] ) begin
           switch_db_reg_value <= n313;
       end
       if ( __ILA_memory_core_decode_of_WrConfigReg_tile_en__ && __ILA_memory_core_grant__[64] ) begin
           tile_en <= n314;
       end
       if ( __ILA_memory_core_decode_of_WrConfigReg_wen_in_reg_sel__ && __ILA_memory_core_grant__[66] ) begin
           wen_in_reg_sel <= n315;
       end
       if ( __ILA_memory_core_decode_of_WrConfigReg_wen_in_reg_value__ && __ILA_memory_core_grant__[68] ) begin
           wen_in_reg_value <= n316;
       end
   end
end
endmodule